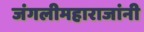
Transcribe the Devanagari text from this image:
जंगलीमहाराजांनी